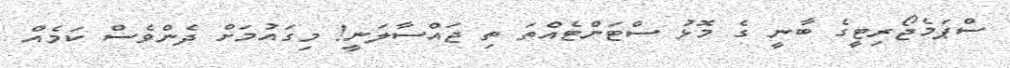
ސްޕަމެޖޯރިޓީގެ ބާނީ ގެ މޮޅު ސްޓަންޓެއްތަ ތި ޖައްސާލަނީ! މިގައުމަށް ދެންވެސް ކަމެއް